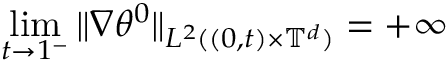
\operatorname* { l i m } _ { t \to 1 ^ { - } } \| \nabla \theta ^ { 0 } \| _ { L ^ { 2 } ( ( 0 , t ) \times \ensuremath { \mathbb { T } } ^ { d } ) } = + \infty